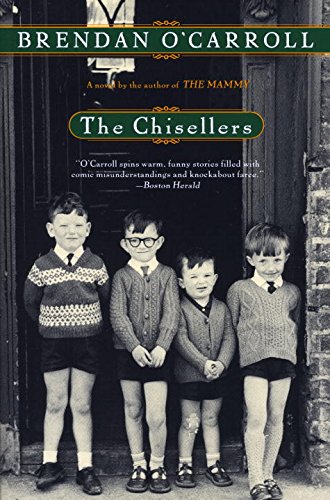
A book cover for The Chisellers; Brendan O'Carroll; Literature & Fiction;